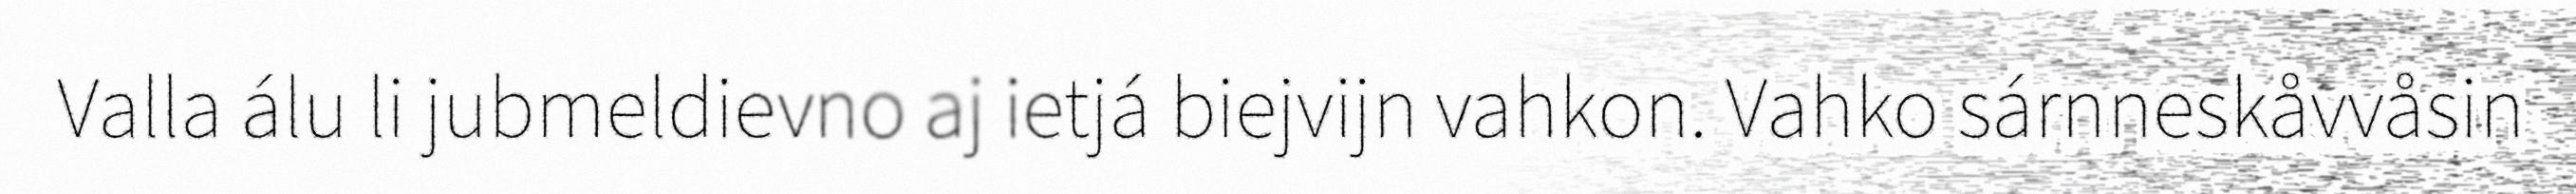
Valla álu li jubmeldievno aj ietjá biejvijn vahkon. Vahko sárnneskåvvåsin